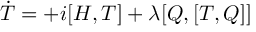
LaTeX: \dot { T } = + i [ H , T ] + \lambda [ Q , [ T , Q ] ]